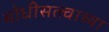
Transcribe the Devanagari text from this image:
बोधीसत्त्वाच्या